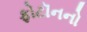
ફોટૉનનો